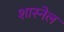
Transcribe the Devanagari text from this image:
शास्नेल